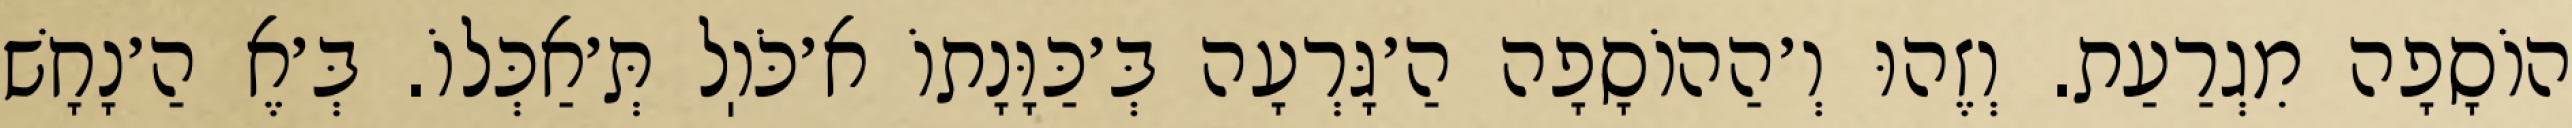
הוֹסָפָה מִגְרַעַת. וְזֶהוּ וְ׳הַהוֹסָפָה הַ׳גָּרְעָה בְּ׳כַּוָּנָתוֹ א׳כֹּוֽל תְּ׳אַכְּלוֹ. בְּ׳אֶ הַ׳נָחָשׁ